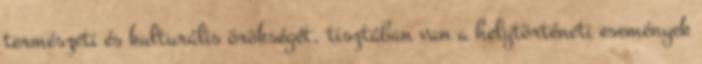
természeti és kulturális örökségét, tisztában van a helytörténeti események